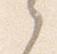
之